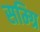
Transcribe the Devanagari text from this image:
सम्ग्रि